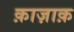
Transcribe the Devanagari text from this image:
क़ाज़ाक़